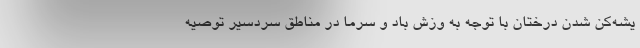
یشه‌کن شدن درختان با توجه به وزش باد و سرما در مناطق سردسیر توصیه